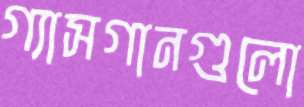
গ্যাসগানগুলো